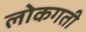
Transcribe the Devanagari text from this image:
लोकगती